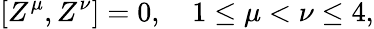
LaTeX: [Z^{\mu},Z^{\nu}]=0,\quad 1\leq\mu<\nu\leq 4,